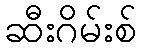
ဆီးဂိမ်းစ်